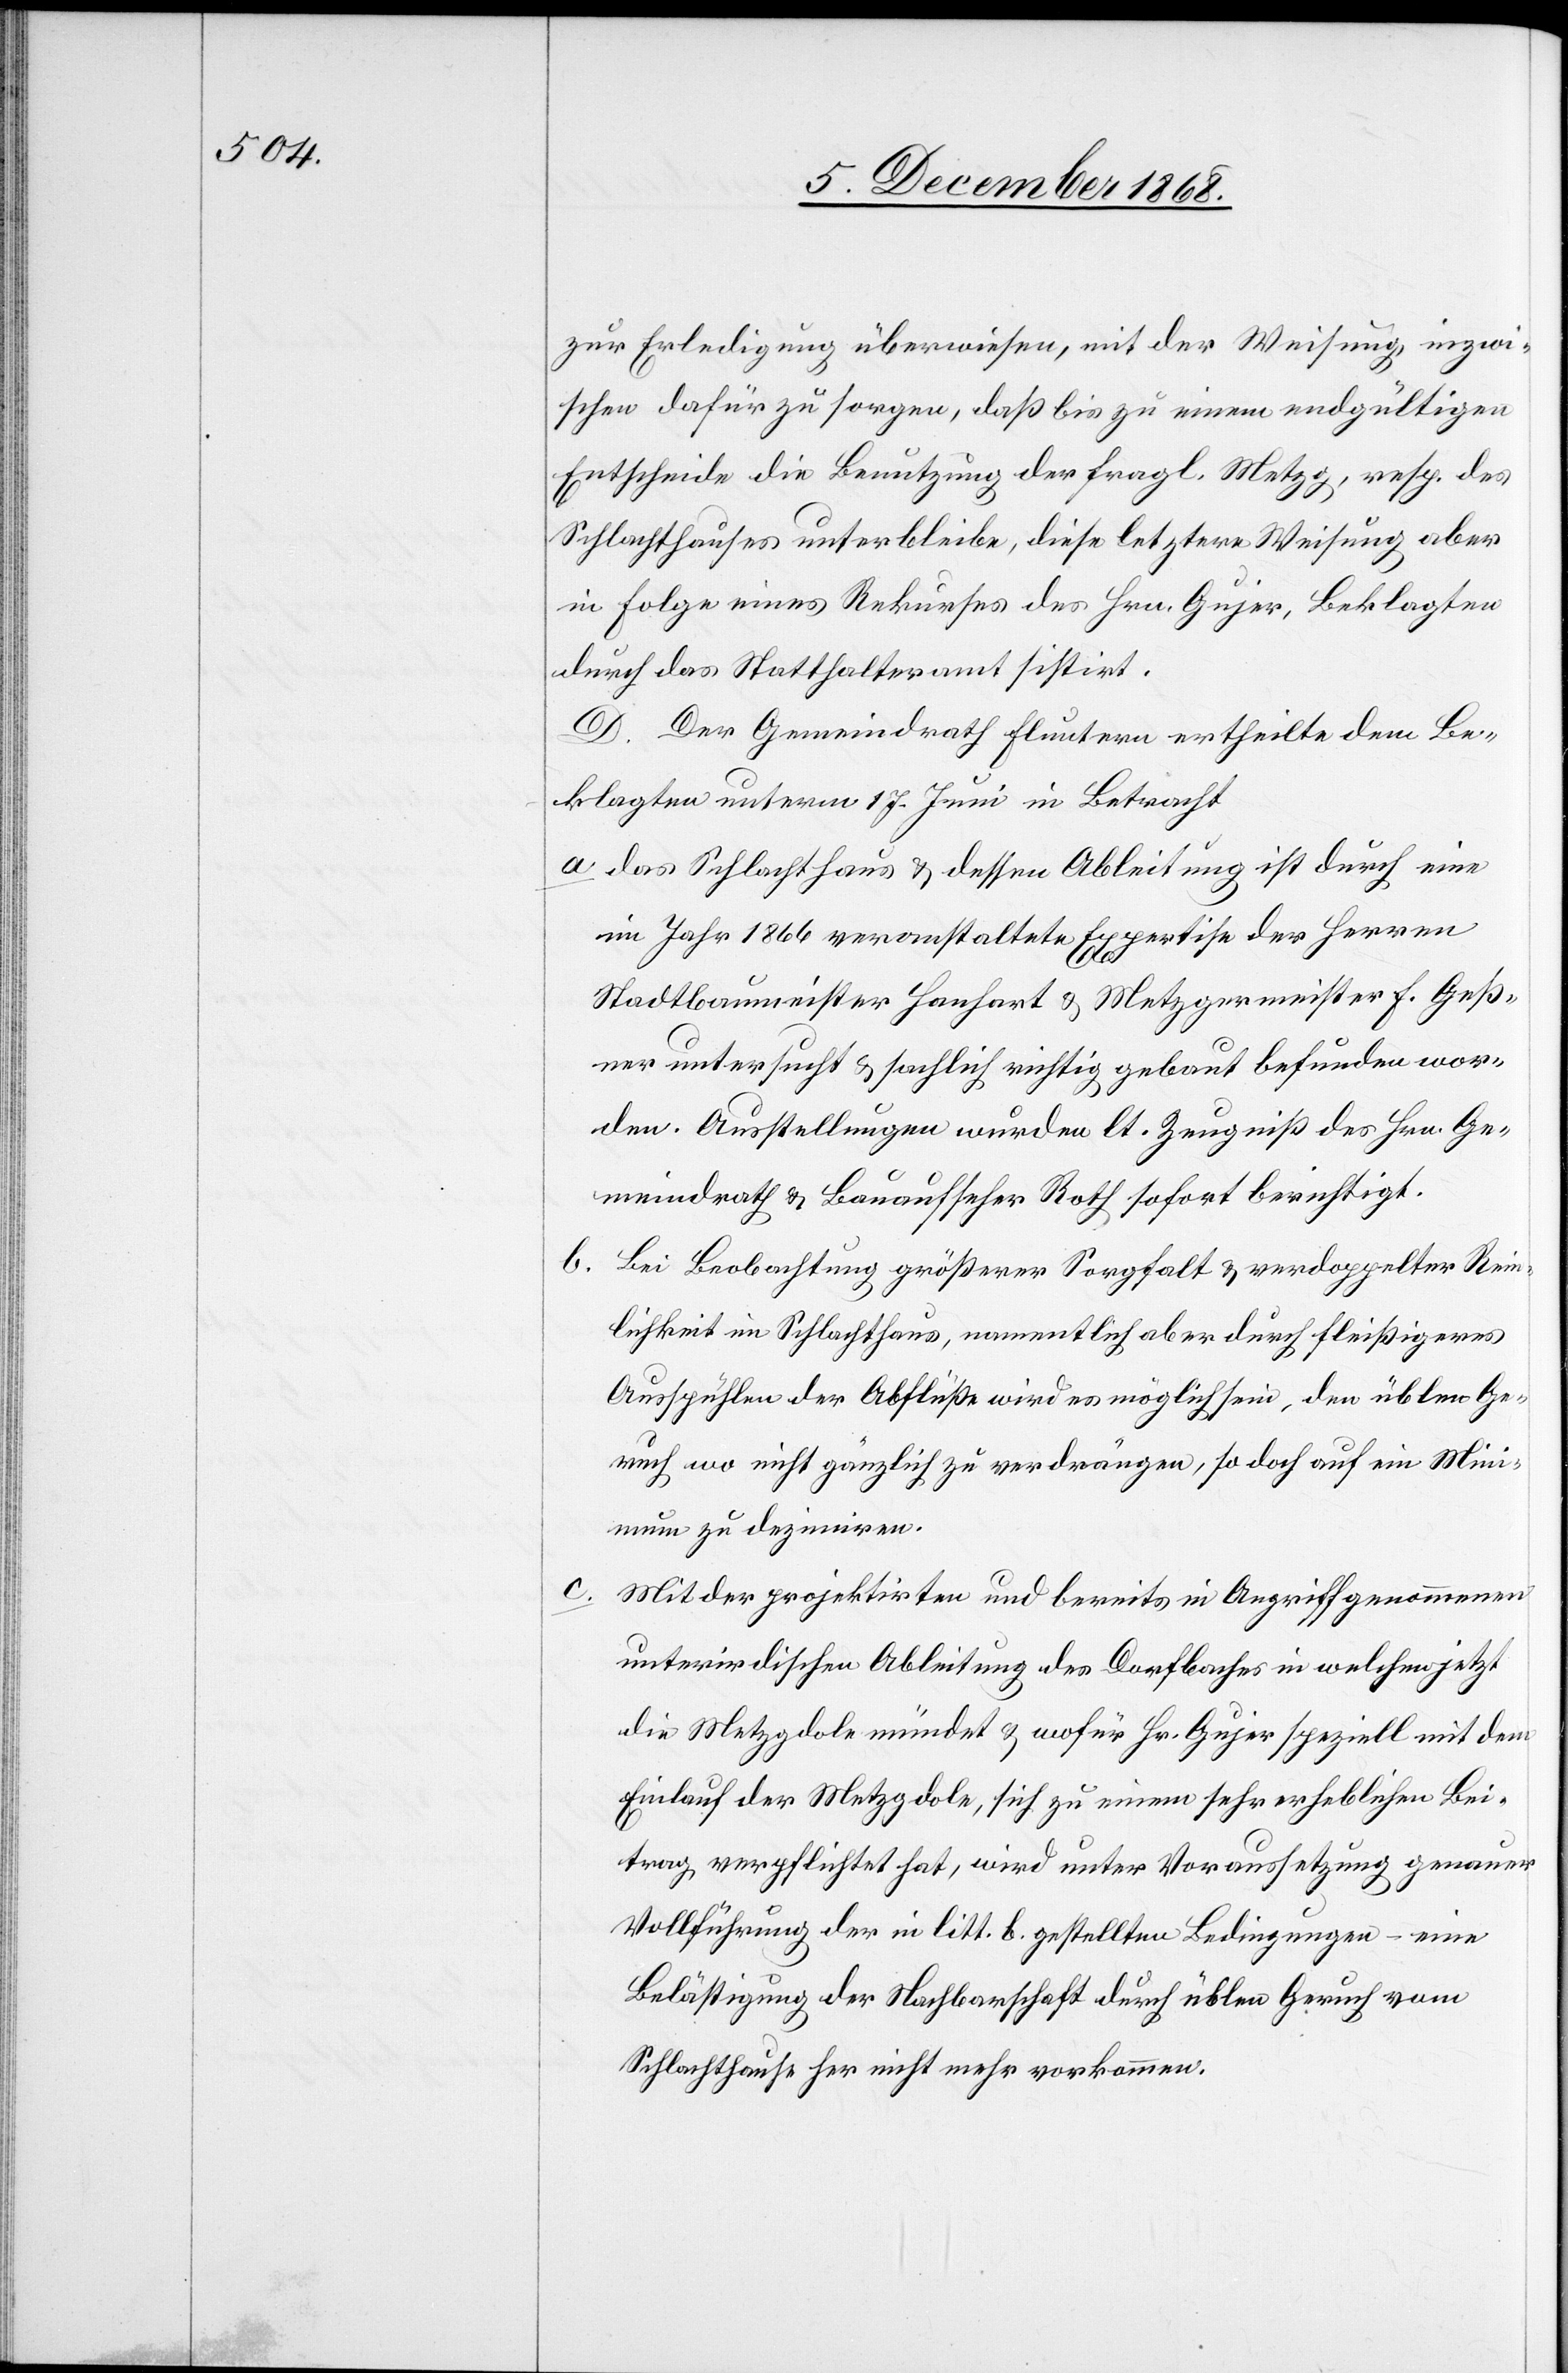
zur Erledigung überwiesen, mit der Weisung, inzwi¬
schen dafür zu sorgen, daß bis zu einem endgültigen
Entscheide die Benutzung der fragl. Metzg, resp. des
Schlachthauses unterbleibe, diese letztere Weisung aber
in Folge eines Rekurses des Hrn. Gujer, Beklagten
durch das Statthalteramt sistirt.
D. Der Gemeindrath Fluntern ertheilte dem Be¬
klagten unterm 17. Juni in Betracht
Das Schlachthaus & dessen Ableitung ist durch eine
im Jahr 1866 veranstaltete Expertise der Herren
Stadtbaumeister Hanhart & Metzgermeister F. Geß¬
ner untersucht & sachlich richtig gebaut befunden wor¬
den. Ausstellungen wurden lt. Zeugniß des Hrn. Ge¬
meindrath & Bauaufseher Roth sofort berichtigt.
Bei Beobachtung größerer Sorgfalt & verdoppelter Rein¬
lichkeit im Schlachthaus, namentlich aber durch fleißigeres
Ausspühlen der Abflüße wird es möglich sein, den üblen Ge¬
ruch wo nicht gänzlich zu verdrängen, so doch auf ein Mini¬
mum zu dezimiren.
Mit der projektirten und bereits in Angriff genommenen
unterirdischen Ableitung des Dorfbaches in welchen jetzt
die Metzgdole mündet & wofür Hr. Gujer speziell mit dem
Einlauf der Metzgdole, sich zu einem sehr erheblichen Bei¬
trag verpflichtet hat, wird unter Voraussetzung genauer
Vollführung der in litt. b. gestellten Bedingungen – eine
Belästigung der Nachbarschaft durch üblen Geruch vom
Schlachthause her nicht mehr vorkommen.